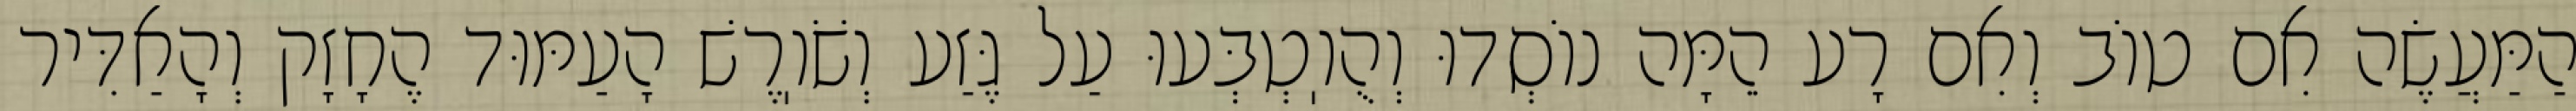
הַמַּעֲשֶׂה אִם טוֹב וְאִם רָע הֵמָּה נוֹסְדוּ וְהֻוֽטְבְּעוּ עַל גֶּזַע וְשֹׁוֽרֶשׁ הָעַמּוּד הֶחָזָק וְהָאַדִּיר